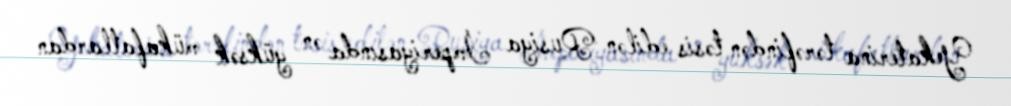
Yekaterina tərəfindən təsis edilən Rusiya İmperiyasında ən yüksək mükafatlardan